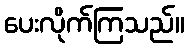
ပေးလိုက်ကြသည်။